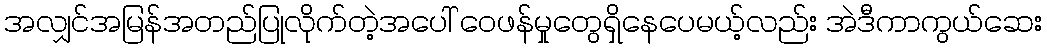
အလျှင်အမြန်အတည်ပြုလိုက်တဲ့အပေါ် ဝေဖန်မှုတွေရှိနေပေမယ့်လည်း အဲဒီကာကွယ်ဆေး